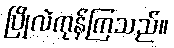
ပြိုလဲကုန်ကြသည်။